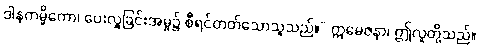
ဒါနကမ္မိကော၊ ပေးလှူခြင်းအမှု၌ စီရင်တတ်သောသူသည်။” ဣမေဇနာ၊ ဤလူတို့သည်။